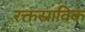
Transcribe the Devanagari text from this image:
रक्तस्राविक